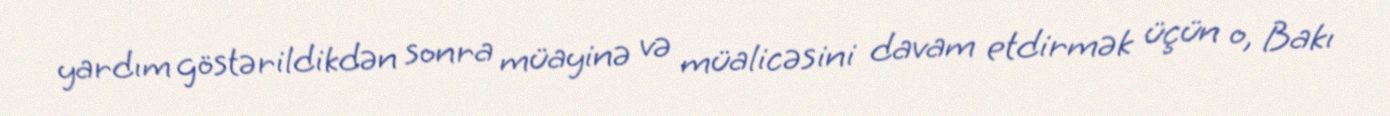
yardım göstərildikdən sonra müayinə və müalicəsini davam etdirmək üçün o, Bakı